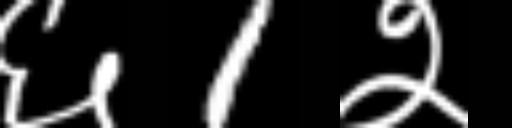
Text: ६1२